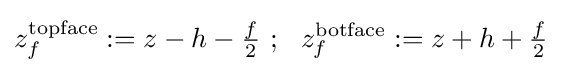
z_{f}^{\mathrm {topface} }:=z-h-{\tfrac {f}{2}}~;~~z_{f}^{\mathrm {botface} }:=z+h+{\tfrac {f}{2}}